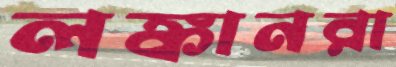
লঙ্কানরা